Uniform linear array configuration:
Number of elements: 24
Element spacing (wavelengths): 1
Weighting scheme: binomial
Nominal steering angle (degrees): -30
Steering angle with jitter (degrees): -28.056
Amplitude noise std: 0.05
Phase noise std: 0.05

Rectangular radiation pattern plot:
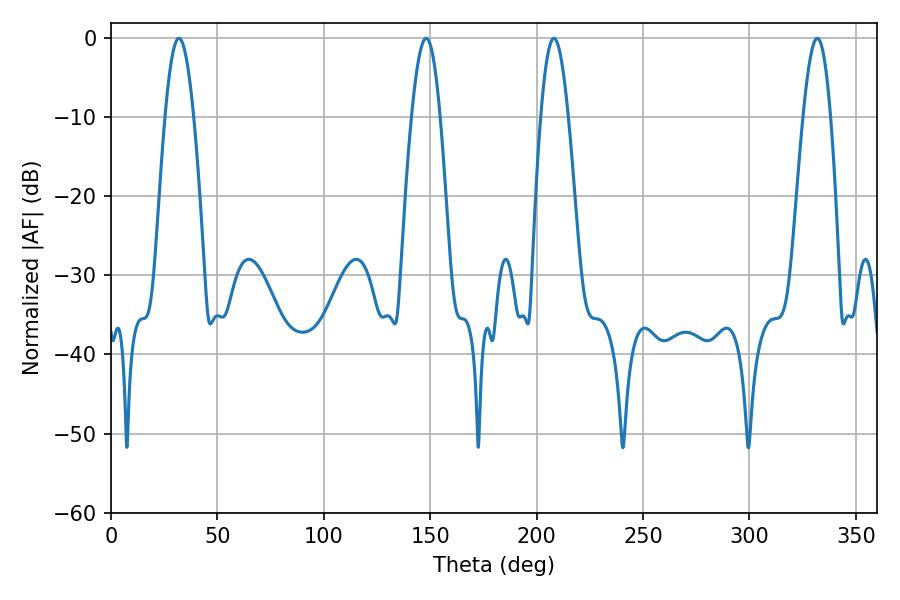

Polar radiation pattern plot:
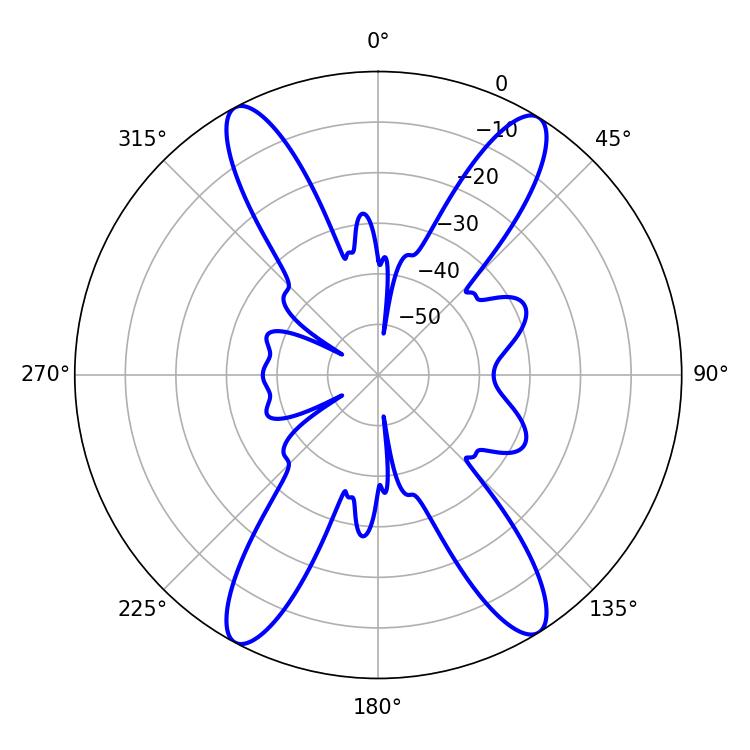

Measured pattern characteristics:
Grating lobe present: TRUE
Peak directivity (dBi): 19.782
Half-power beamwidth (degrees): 7.02
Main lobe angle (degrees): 208.08